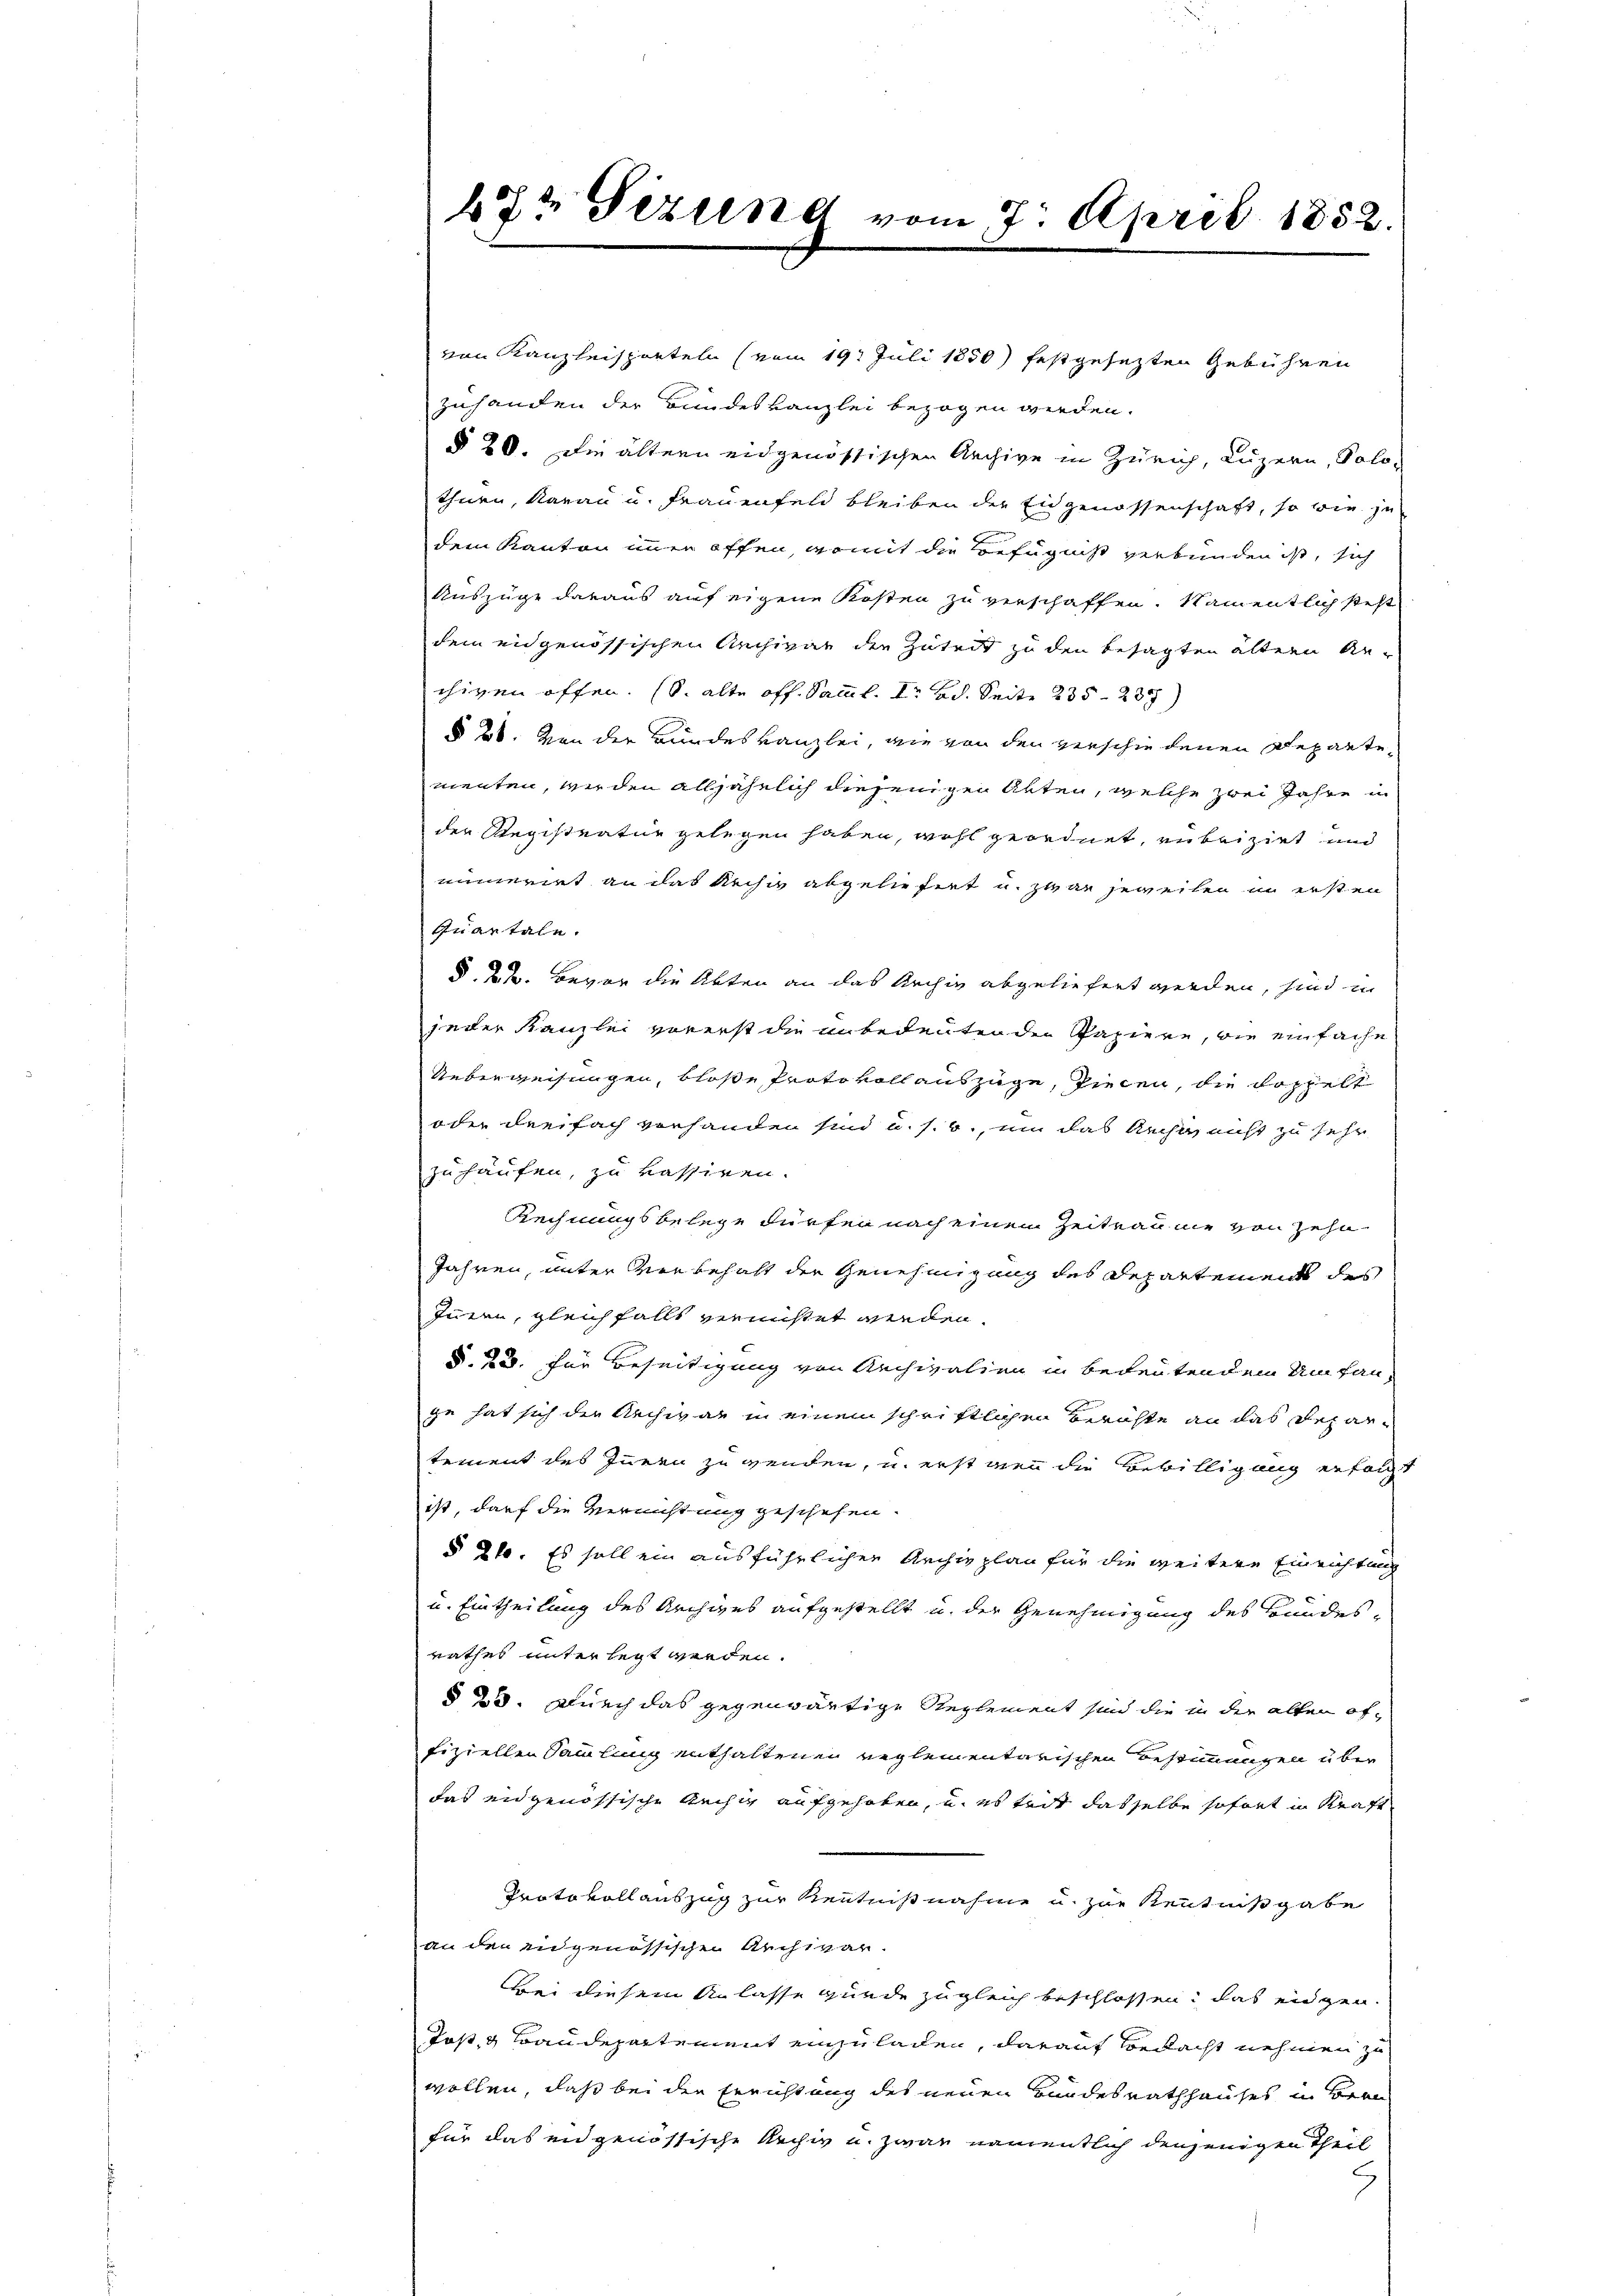
47t Sizung vom 7. April 1852.

von Kanzleisporteln (vom 19t Juli 1850) festgesetzten Gebühren
zuhanden der Bundeskanzlei bezogen werden.
§ 20. Die ältern eidgenössischen Archive in Zürich, Luzern, Solo-
thurn, Aarau u. Frauenfeld bleiben der Eigenossenschaft, so wie je
dem Kanton immer offen, womit die Befugniß verbunden ist, sich
Auszüge daraus auf eigene Kosten zu verschaffen. Namentlich steht
dem eidgenössischen Archivar den Zuteit zu den besagten ältern An-
chigen offen. (S. alte off. Samml. Bd. Seite 235—237)
§§ 26. Von der Bundeskanzlei, wie von den verschiedenen Departementen, werden alljährlich diejenigen Akten, welche zwei Jahre in
der Registratur gelegen haben, wohl geordnet, zu beizieh und
uumerirt an das Rechig abgeliefert u. zwar jeweilen in ersten
Quartale.
§ 22. Bevor die Akten an das Archiv abgeliefert werden, sind in
jeder Kanzlei vorerst die unbedeuten der Papiere, wie einfache
Ueberweisungen, bloße Protokoll auszüge, vielen, die doppelt
oder dreifach vorhanden sind u. s. w., um das Recht nicht zu sehr
zuhausen, zu kassiven.
Rechnungsbelege dürfen nach einem Zeitraume von Zehn
Jahren, unter verbehalt der Genehmigung des Departements des
Innen, gleichfalls vernichtet werden.
§. 23. für Beseitigung von Archivalien in bedeutendem Umfan-
ge hat sich der Archivar in einem schriftlichen Berichte an das Departement des Innern zu werden, u. erst wenn die Bewilligung erfolgt
ist, darf die Vernichtung geschehen.
§ 21. Es soll ein ausführlichen Archivplan für die weitere Einrichtung
u. Eintheilung des Archives aufgestellt u. der Genehmigung des Bundes-
rathes unterlegt werden.
§ 23. Durch das gegenwärtige Reglement sind die in der alten offiziellen Sammlung enthaltenen reglementarischen Bestimmungen über
das engenössische Rechig aufgehoben, u. es seit dasselbe sofort in Kraft
Protokollauszug zur Kenntnißnahme u. zur Kenntnißgabe
an den eidgenössischen Archivar.
Bei diesem Anlasse wurde zugleich beschlossen, das eidgen.
Tost, & Baudepartement einzuladen, darauf Bedacht nehmen zu
wollen, daß bei der Errichtung des neuen Bundesrathhauses in Bra
für das en genössische Rechig u. zwar namentlich denjenigen Theil